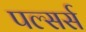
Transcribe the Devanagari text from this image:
पल्सर्स